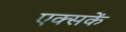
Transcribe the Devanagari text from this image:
एक्सकें